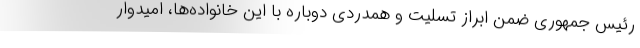
رئیس جمهوری ضمن ابراز تسلیت و همدردی دوباره با این خانواده‌ها، امیدوار